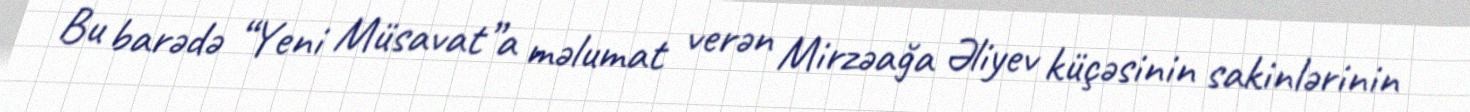
Bu barədə “Yeni Müsavat”a məlumat verən Mirzəağa Əliyev küçəsinin sakinlərinin